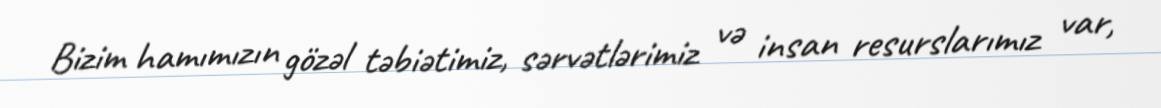
Bizim hamımızın gözəl təbiətimiz, sərvətlərimiz və insan resurslarımız var,